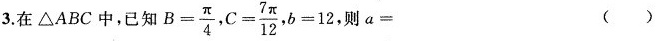
3.在\triangle ABC中，已知$$B= \frac{\pi }{4}$$,$$C= \frac{7 \pi }{12}$$,$$b=12$$,则a= ( )